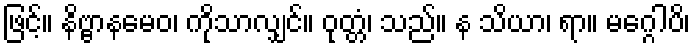
ဖြင့်။ နိဗ္ဗာနမေဝ၊ ကိုသာလျှင်။ ဝုတ္တံ၊ သည်။ န သိယာ၊ ရာ။ မဂ္ဂေါပိ၊